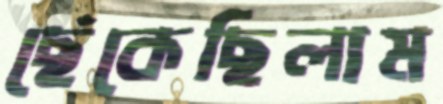
ছেঁকেছিলাম